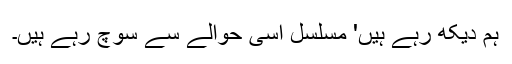
ہم دیکھ رہے ہیں' مسلسل اسی حوالے سے سوچ رہے ہیں۔